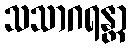
သသာဂရန္တာ